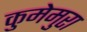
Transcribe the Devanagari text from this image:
कुमेमुरा